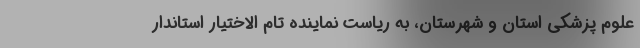
علوم پزشکی استان و شهرستان، به ریاست نماینده تام الاختیار استاندار